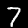
Label: 7